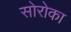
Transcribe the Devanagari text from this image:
सोरोका